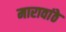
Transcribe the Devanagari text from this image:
मारावांठे